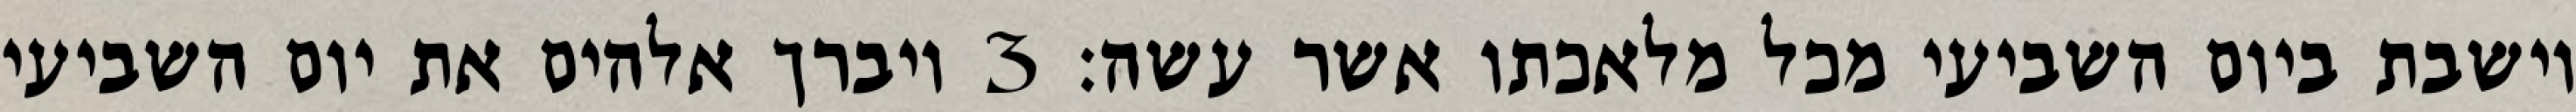
וישבת ביום השביעי מכל מלאכתו אשר עשה׃ ‎3‏ ויברך אלהים את יום השביעי